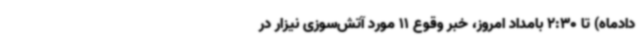
دادماه) تا 2:30 بامداد امروز، خبر وقوع 11 مورد آتش‌سوزی نیزار در